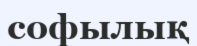
софылық